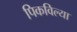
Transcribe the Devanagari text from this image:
पिकविल्या